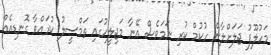
މަހުލޫފު ޖަލަށްލާން ހުކުމް ކުރި ނަމަވެސް އޭނާ މަޖިލީހުގައި ތަމްސީލު ކުރައްވާ ގޮނޑިއެއް